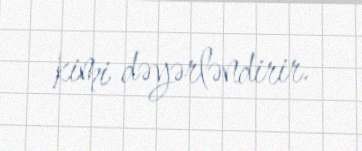
kimi dəyərləndirir.